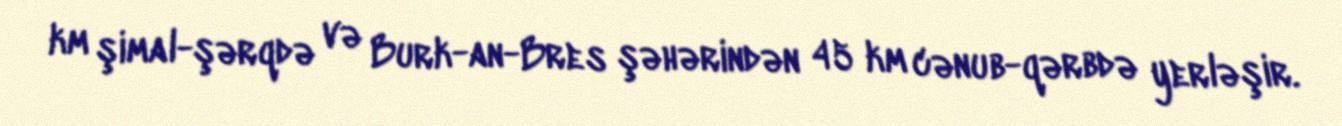
km şimal-şərqdə və Burk-an-Bres şəhərindən 45 km cənub-qərbdə yerləşir.